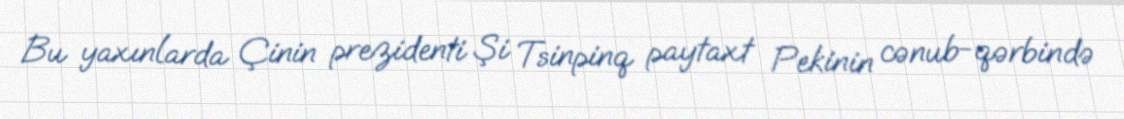
Bu yaxınlarda Çinin prezidenti Şi Tsinpinq paytaxt Pekinin cənub-qərbində